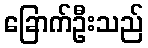
ခြောက်ဦးသည်